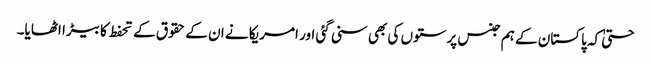
حتیٰ کہ پاکستان کے ہم جنس پرستوں کی بھی سنی گئی اور امریکا نے ان کے حقوق کے تحفط کا بیڑا اٹھایا۔